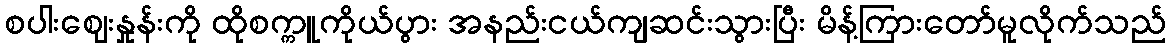
စပါးဈေးနှုန်းကို ထိုစက္ကူကိုယ်ပွား အနည်းငယ်ကျဆင်းသွားပြီး မိန့်ကြားတော်မူလိုက်သည်